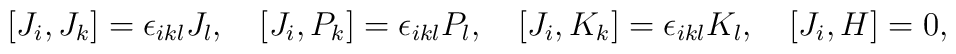
[J_i,J_k]=\epsilon_{ikl}J_l,\quad [J_i,P_k]=\epsilon_{ikl}P_l,\quad [J_i,K_k]=\epsilon_{ikl}K_l, \quad [J_i,H]=0,